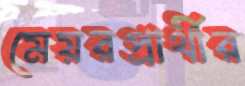
মেয়রপ্রার্থীর